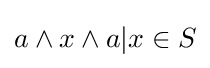
a\wedge x\wedge a|x\in S